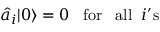
\hat { a } _ { i } | 0 \rangle = 0 \; \; \; \mathrm { f o r } \; \; \; \mathrm { a l l } \; \; i \mathrm { ' s }